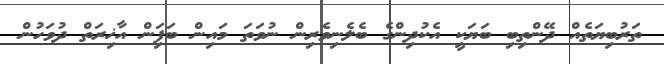
ތަރުބިޔަތެއް ދޭންތިބި ބަޔަކީ އެކުދިންގެ ބެލެނިވެރިން ނުވަތަ މައިން ބަފަިން އާޚިރަތް ދުވަހުން